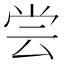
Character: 尝